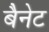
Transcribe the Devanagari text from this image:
बैेनेट